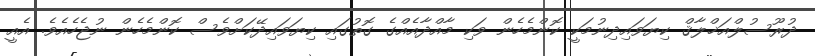
ދުރޫސުލްއަޚްލާޤް ކިޔަވައިދިނުމަކީ ކޮންމެހެން ވަކި މާއްދާއެއްގެ ގޮތުގައި ކިޔަވައިދޭކަށްވެސް ކޮންމެހެން ނުޖެހެއެވެ. އެއީ